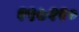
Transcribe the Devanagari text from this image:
१९७११०